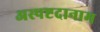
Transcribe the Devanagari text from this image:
अस्पष्टदानाम